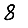
Digit: 8